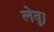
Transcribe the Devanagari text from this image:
लेवु।